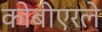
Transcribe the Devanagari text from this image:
कोबीएरले